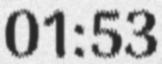
01:53